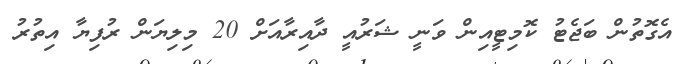
އެގޮތުން ބަޖެޓު ކޮމިޓީއިން ވަނީ ޝަރުއީ ދާއިރާއަށް 20 މިލިޔަން ރުފިޔާ އިތުރު